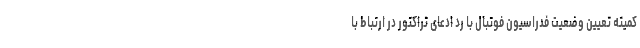
کمیته تعیین وضعیت فدراسیون فوتبال با رد ادعای تراکتور در ارتباط با